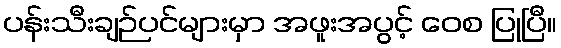
ပန်းသီးချဉ်ပင်များမှာ အဖူးအပွင့် ဝေစ ပြုပြီ။